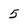
Character: 5